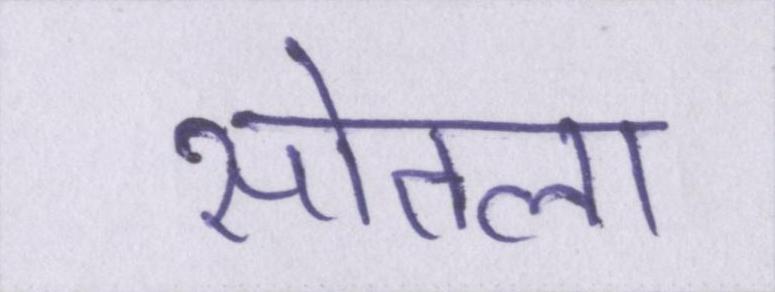
सोतला